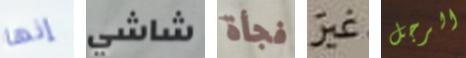
إنها شاشي فجأة غير الرجل